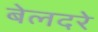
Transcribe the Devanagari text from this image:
बेलदरे